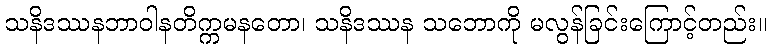
သနိဒဿနဘာဝါနတိက္ကမနတော၊ သနိဒဿန သဘောကို မလွန်ခြင်းကြောင့်တည်း။